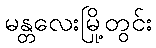
မန္တလေးမြို့တွင်း